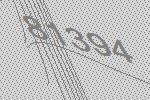
81394